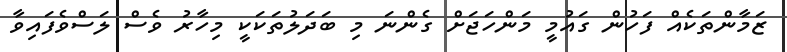
ޒަމާންތަކެއް ފަހުން ގައުމީ މަންހަޖަށް ގެންނަ މި ބަދަލުތަކަކީ މިހާރު ވެސް ލަސްވެފައިވާ